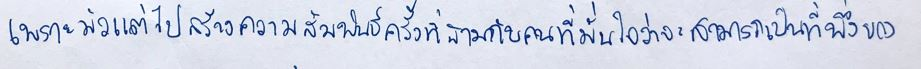
เพราะมัวแต่ไปสร้างความสัมพันธ์ครั้งที่สามกับคนที่มั่นใจว่าจะสามารถเป็นที่พึ่งของ